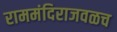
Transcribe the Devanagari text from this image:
राममंदिराजवळच